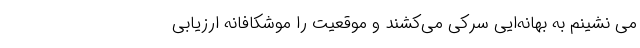
می نشینم به بهانه‌ایی سرکی می‌کشند و موقعیت را موشکافانه‌ ارزیابی